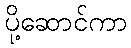
ပို့ဆောင်ကာ